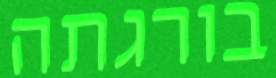
בורגתה